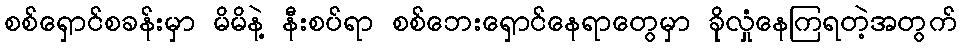
စစ်ရှောင်စခန်းမှာ မိမိနဲ့ နီးစပ်ရာ စစ်ဘေးရှောင်နေရာတွေမှာ ခိုလှုံနေကြရတဲ့အတွက်